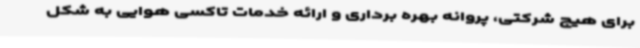
برای هیچ شرکتی، پروانه بهره برداری و ارائه خدمات تاکسی هوایی به شکل